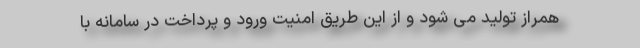
همراز تولید می شود و از این طریق امنیت ورود و پرداخت در سامانه با